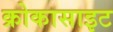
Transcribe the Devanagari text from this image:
क्रोकासाइट